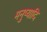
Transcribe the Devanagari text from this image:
मनुष्यादि